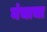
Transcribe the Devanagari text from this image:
मंचाचा